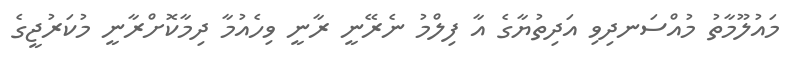
މައުލޫމާތު މުއްސަނދިވި އަދިތުޔާގެ އާ ފިލްމު ނެރޭނީ ރާނީ ވިހެއުމާ ދިމާކޮށްރާނީ މުކަރުޖީގެ